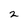
Character: 2